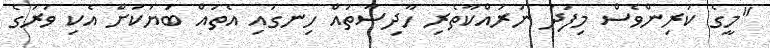
"މީގެ ކުރިންވެސް މިފަދަ ނުރައްކާތެރި ހާދިސާތައް ހިނގައި އެތައް ބަޔަކަށް އެކި ވަރުގެ